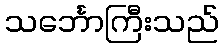
သင်္ဘောကြီးသည်